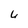
Character: u